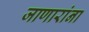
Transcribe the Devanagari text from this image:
जाणारांना